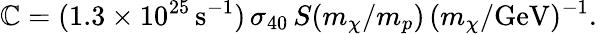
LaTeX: \mathbb{C}=(1.3\times10^{25}\, \mathrm{{s}}^{-1})\, \sigma_{40}\, S(m_{\chi}/m_{p})\, (m_{\chi}/\mathrm{{GeV}})^{-1}.